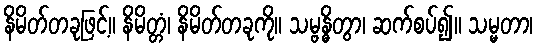
နိမိတ်တခုဖြင့်။ နိမိတ္တံ၊ နိမိတ်တခုကို။ သမ္ဗန္ဓိတွာ၊ ဆက်စပ်၍။ သမ္မတာ၊